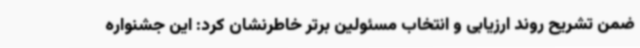
ضمن تشریح روند ارزیابی و انتخاب مسئولین برتر خاطرنشان کرد: این جشنواره